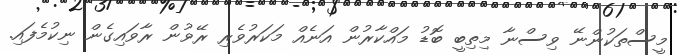
މީސްތަކުންނޭ ވިސްނާ މިތިބީ ބޮޑު މައްކާރުން އަނެއް މަކަރުވެރި ރޭވުން ރާވައިގެން ނިކުމެފައި.